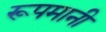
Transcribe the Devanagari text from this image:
रूपमानी